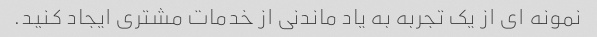
نمونه ای از یک تجربه به یاد ماندنی از خدمات مشتری ایجاد کنید.